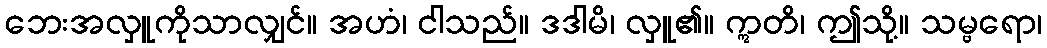
ဘေးအလှူကိုသာလျှင်။ အဟံ၊ ငါသည်။ ဒဒါမိ၊ လှူ၏။ ဣတိ၊ ဤသို့။ သမ္ဗရော၊